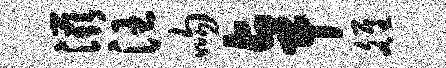
滋汪吻卓雒